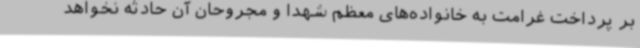
بر پرداخت غرامت به خانواده‌های معظم شهدا و مجروحان آن حادثه نخواهد